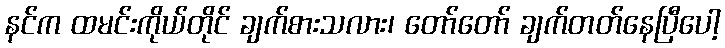
နင်က ထမင်းကိုယ်တိုင် ချက်စားသလား၊ တော်တော် ချက်တတ်နေပြီပေါ့